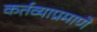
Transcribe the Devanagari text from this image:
कर्तव्याप्रमाणे